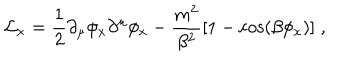
{ \cal L } _ { x } = { \frac { 1 } { 2 } } \partial _ { \mu } \phi _ { x } \partial ^ { \mu } \phi _ { x } - { \frac { m ^ { 2 } } { \beta ^ { 2 } } } [ 1 - \cos ( \beta \phi _ { x } ) ] \; ,